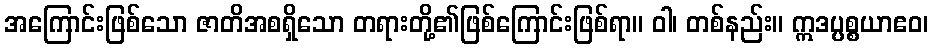
အကြောင်းဖြစ်သော ဇာတိအစရှိသော တရားတို့၏ဖြစ်ကြောင်းဖြစ်ရာ။ ဝါ၊ တစ်နည်း။ ဣဒပ္ပစ္စယာဧဝ၊